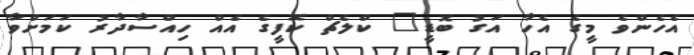
އެހެންވެ މީގެ އެހާ އަގު ބޮޑީ" ކްލެޗް ކޮފީގެ އެއް ހިއްސާދާރު ކަމަށްވާ